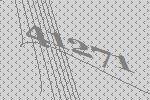
41271